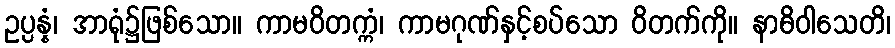
ဥပ္ပန္နံ၊ အာရုံ၌ဖြစ်သော။ ကာမဝိတက္ကံ၊ ကာမဂုဏ်နှင့်စပ်သော ဝိတက်ကို။ နာဓိဝါသေတိ၊